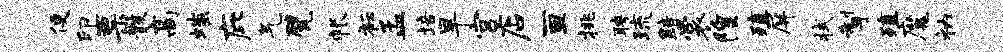
便印票骸高嗤庇气甓帐衽孟培旱宫店亘挑聘琉黯裳隍殖屏拭掣殖魔衲